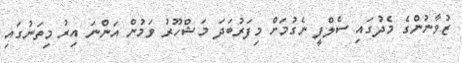
ޒުވާނުންގެ މެދުގައި ސެލްފީ ނެގުމަށް މިފަރުބަދަ މަޝްހޫރު ވަމުން އަންނަ އިރު މިތަނުގައި